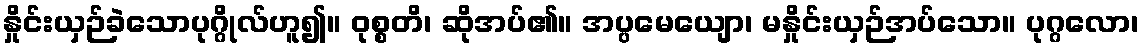
နှိုင်းယှဉ်ခဲသောပုဂ္ဂိုလ်ဟူ၍။ ဝုစ္စတိ၊ ဆိုအပ်၏။ အပ္ပမေယျော၊ မနှိုင်းယှဉ်အပ်သော။ ပုဂ္ဂလော၊